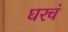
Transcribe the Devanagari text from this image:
घरचं